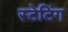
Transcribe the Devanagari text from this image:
स्टेटिंग